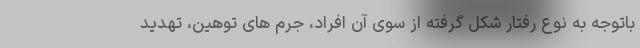
باتوجه به نوع رفتار شکل گرفته از سوی آن افراد، جرم های توهین، تهدید